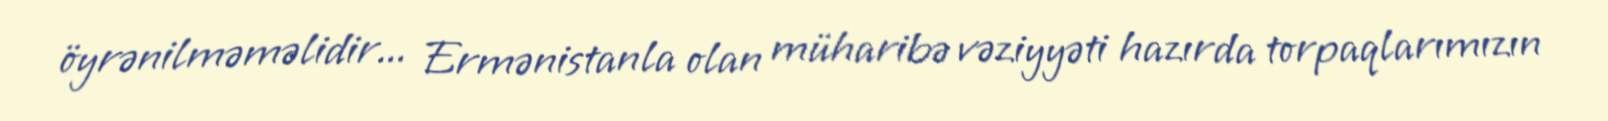
öyrənilməməlidir... Ermənistanla olan müharibə vəziyyəti hazırda torpaqlarımızın